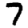
Digit: 7